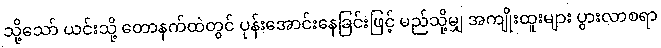
သို့သော် ယင်းသို့ တောနက်ထဲတွင် ပုန်းအောင်းနေခြင်းဖြင့် မည်သို့မျှ အကျိုးထူးများ ပွားလာစရာ